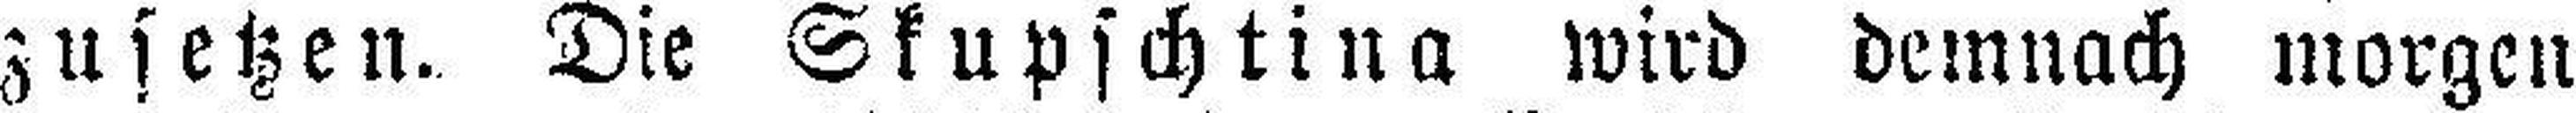
zusetzen. Die Skupschtina wird demnach morgen